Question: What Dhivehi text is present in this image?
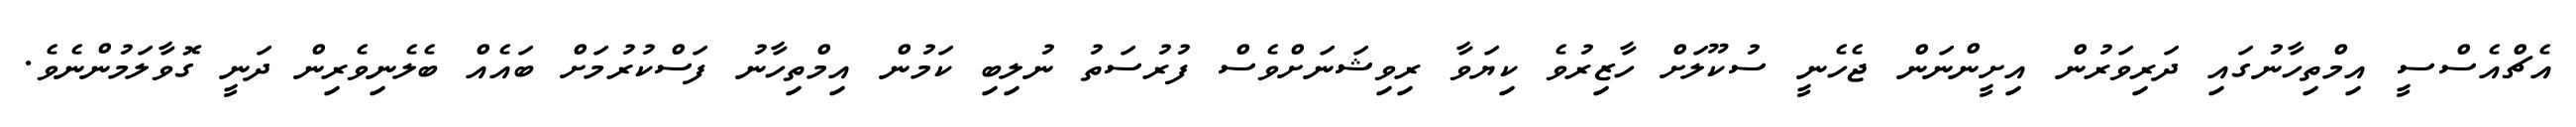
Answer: އެޗްއެސްސީ އިމްތިހާނުގައި ދަރިވަރުން އިށީންނަން ޖެހެނީ ސުކޫލަށް ހާޒިރުވެ ކިޔަވާ ރިވިޝަނަށްވެސް ފުރުސަތު ނުލިބި ކަމުން އިމްތިހާނު ފަސްކުރުމަށް ބައެއް ބެލެނިވެރިން ދަނީ ގޮވާލަމުންނެވެ.